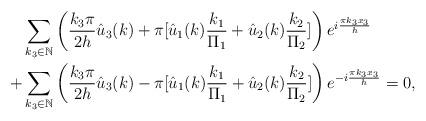
LaTeX: \begin{align*}& \sum_{k_3\in \mathbb{N}}\left(\frac{k_3\pi}{2h}\hat{u}_3(k)+\pi [\hat{u}_1(k)\frac{k_1}{\Pi_1}+\hat{u}_2(k)\frac{k_2}{\Pi_2}] \right)e^{i\frac{\pi k_3x_3}{h}} \\+&\sum_{k_3 \in \mathbb{N}}\left(\frac{k_3\pi}{2h}\hat{u}_3(k)-\pi [\hat{u}_1(k)\frac{k_1}{\Pi_1}+\hat{u}_2(k)\frac{k_2}{\Pi_2}] \right)e^{-i\frac{\pi k_3x_3}{h}}=0,\end{align*}